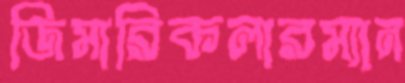
জিমারিকলারম্যান